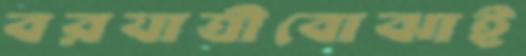
বরযাত্রীবোঝাই